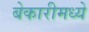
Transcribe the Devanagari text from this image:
बेकारीमध्ये